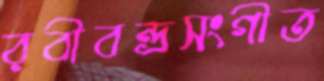
রবীবন্দ্রসংগীত